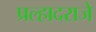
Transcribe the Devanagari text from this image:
प्रल्हादराजे